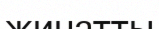
жинатты